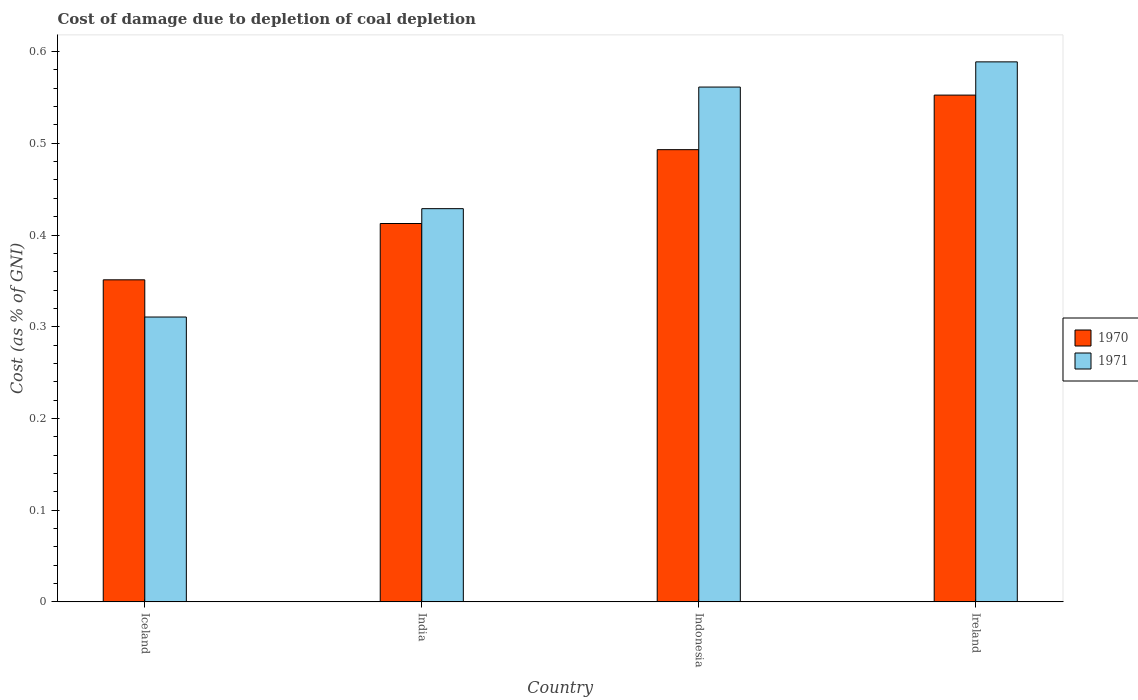
| Country | 1970 | 1971 |
 | --- | --- | --- |
 | Iceland | 0.351 | 0.311 |
 | India | 0.413 | 0.429 |
 | Indonesia | 0.493 | 0.561 |
 | Ireland | 0.553 | 0.589 |